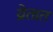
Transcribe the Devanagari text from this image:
य्रेतात